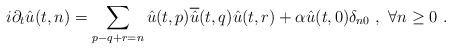
LaTeX: \begin{align*} i\partial_t \hat{u}(t,n)=\sum\limits_{p-q+r=n}\hat{u}(t,p)\overline{\hat{u}}(t,q)\hat{u}(t,r)+\alpha\hat{u}(t,0)\delta_{n0}\ ,\ \forall n\geq0\ . \end{align*}